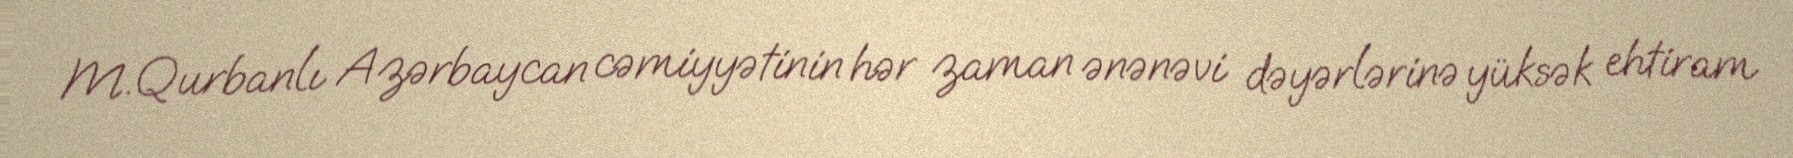
M.Qurbanlı Azərbaycan cəmiyyətinin hər zaman ənənəvi dəyərlərinə yüksək ehtiram